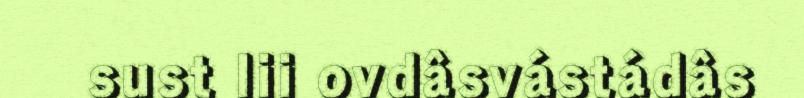
sust lii ovdâsvástádâs